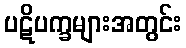
ပဋိပက္ခများအတွင်း